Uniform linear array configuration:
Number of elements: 64
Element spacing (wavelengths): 0.5
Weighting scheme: binomial
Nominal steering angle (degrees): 30
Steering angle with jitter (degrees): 29.851
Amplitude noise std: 0.05
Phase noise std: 0.05

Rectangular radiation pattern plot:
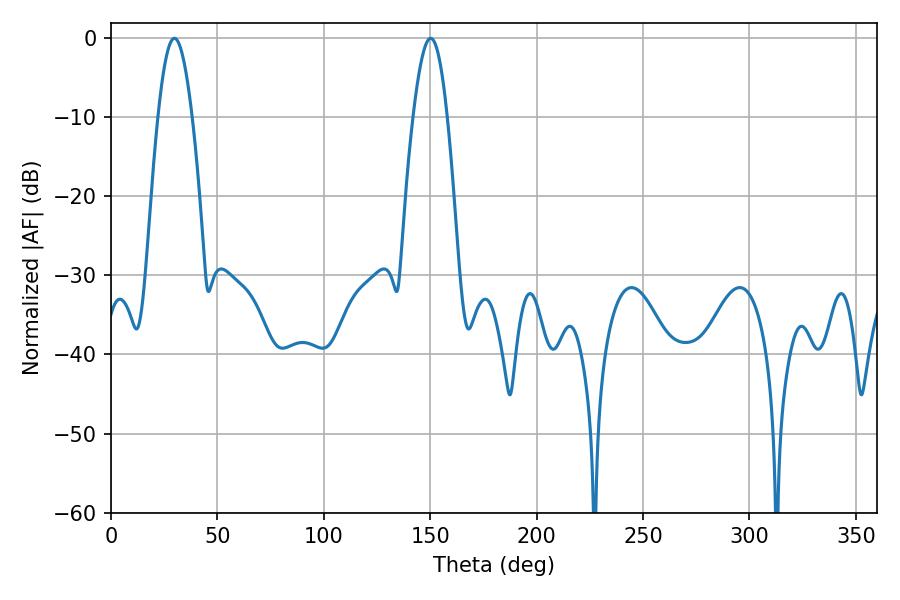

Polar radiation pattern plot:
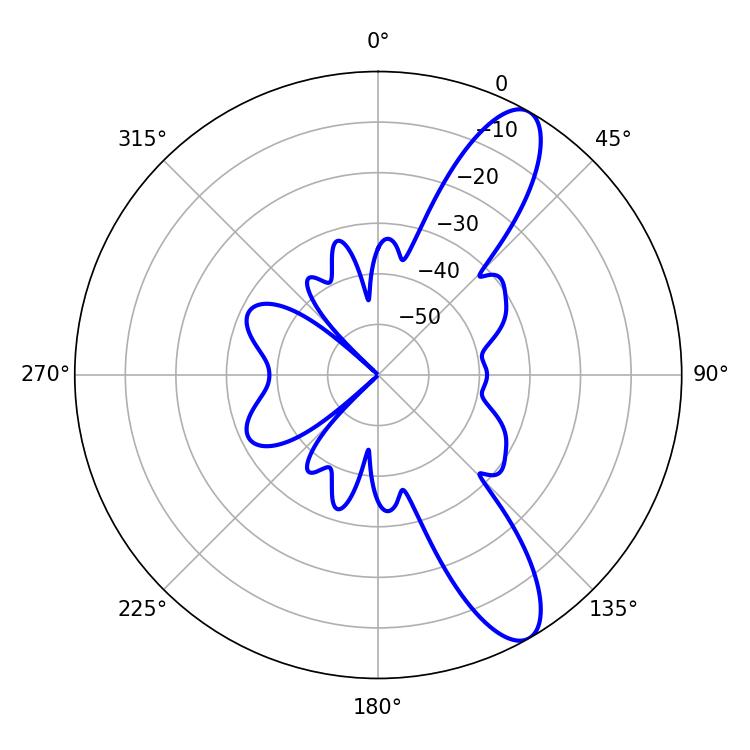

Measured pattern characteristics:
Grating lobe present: FALSE
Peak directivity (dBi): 10.861
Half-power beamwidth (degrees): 8.64
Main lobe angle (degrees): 29.88